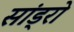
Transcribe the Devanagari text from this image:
सांड्रो